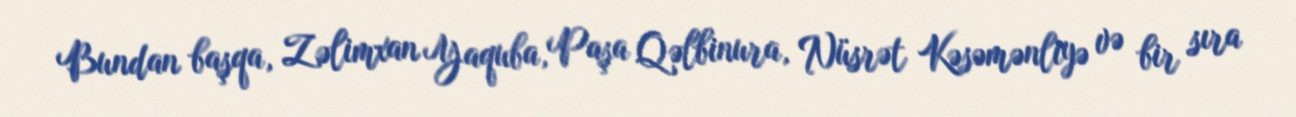
Bundan başqa, Zəlimxan Yaquba, Paşa Qəlbinura, Nüsrət Kəsəmənliyə və bir sıra